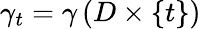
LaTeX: \gamma_{t}=\gamma\left(D\times\{ t\} \right)